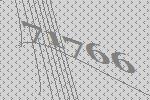
71766